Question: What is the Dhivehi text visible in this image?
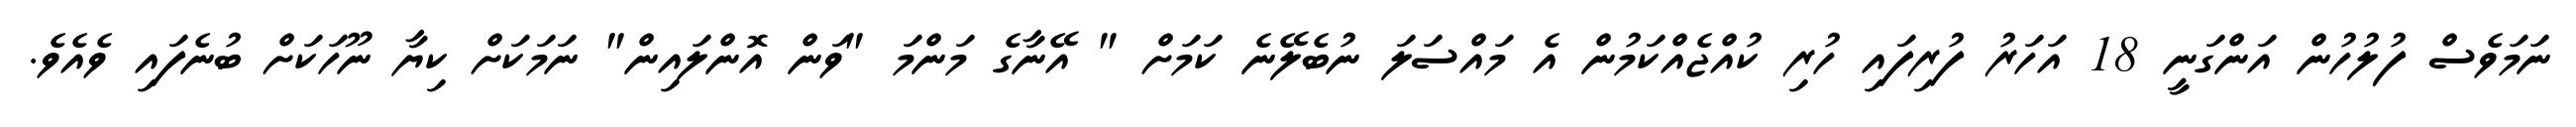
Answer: ނަމަވެސް ފުލުހުން އަންގަނީ 18 އަހަރު ފުރިފައި ހުރި ކުއްޖެއްކަމުން އެ މައްސަލަ ނުބެލޭނެ ކަމަށް " އޭނާގެ މަންމަ "ވަން އޮންލައިން" ނަމަކަށް ކިޔާ ނޫހަކަށް ބުނެފައި ވެއެވެ.